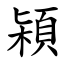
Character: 㯋